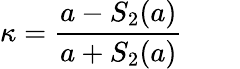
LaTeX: \kappa=\frac{a-S_{2}(a)}{a+S_{2}(a)}\qquad